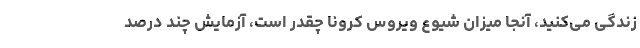
زندگی می‌کنید، آنجا میزان شیوع ویروس کرونا چقدر است، آزمایش چند درصد